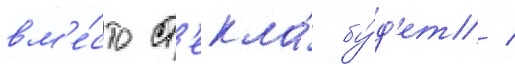
вм'е́сто ст'екла́ бу́д'ет /